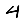
Digit: 4